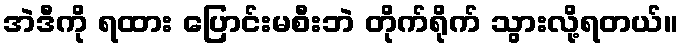
အဲဒီကို ရထား ပြောင်းမစီးဘဲ တိုက်ရိုက် သွားလို့ရတယ်။